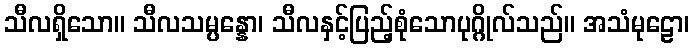
သီလရှိသော။ သီလသမ္ပန္နော၊ သီလနှင့်ပြည့်စုံသောပုဂ္ဂိုလ်သည်။ အသံမုဠော၊